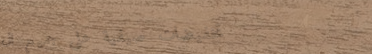
تخفيضات صيفية على جميع ال